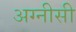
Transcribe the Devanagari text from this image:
अग्नीसी